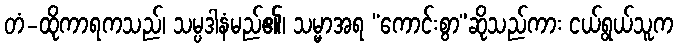
တံ-ထိုကာရကသည်၊ သမ္ပဒါနံမည်၏၊ သမ္မာအရ “ကောင်းစွာ”ဆိုသည်ကား ငယ်ရွယ်သူက